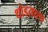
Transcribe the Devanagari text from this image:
थोडय़ाशा